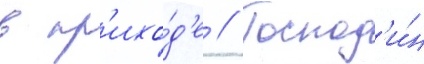
в пр'ихо́д'е // Господ'и́н